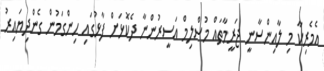
އެމެރިކާ މި ލާއިންސާނީ ޖަރީމާތައް މުސްލިމް އަސީރުންނާ ދެކޮޅަށް ފާޅުގައި ހިންގަމުން ގެންދިޔައިރު